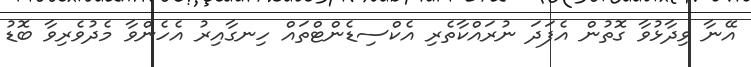
އޭނާ ވިދާޅުވާ ގޮތުން އެފަދަ ނުރައްކާތެރި އެކްސިޑެންޓްތައް ހިނގާއިރު އެހެންވާ މެދުވެރިވާ ބޮޑު